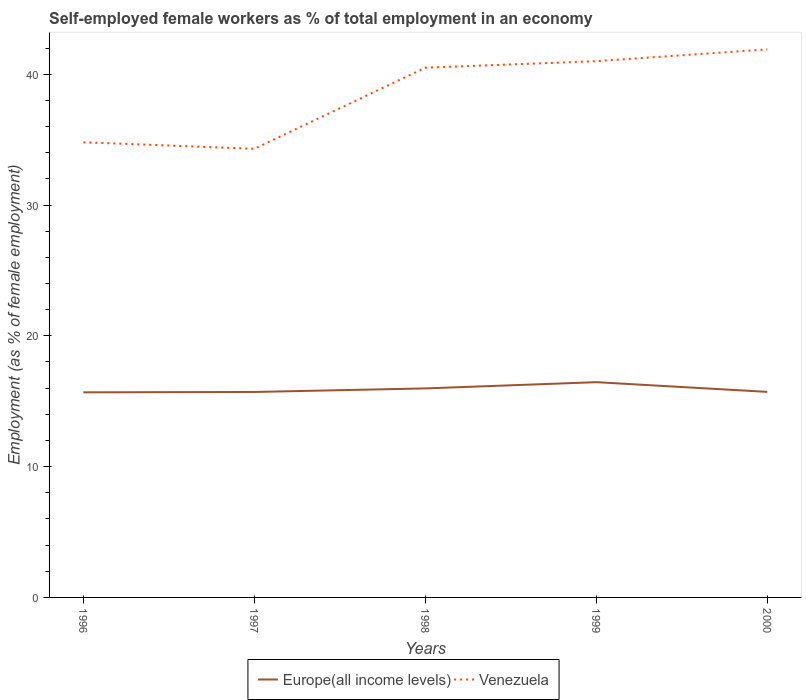
| Years | Europe(all income levels) | Venezuela |
 | --- | --- | --- |
 | 1996 | 15.7 | 34.8 |
 | 1997 | 15.7 | 34.3 |
 | 1998 | 16 | 40.5 |
 | 1999 | 16.5 | 41 |
 | 2000 | 15.7 | 41.9 |